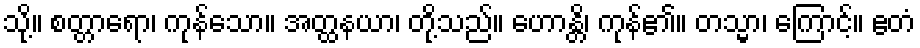
သို့။ စတ္တာရော၊ ကုန်သော။ အတ္ထနယာ၊ တို့သည်။ ဟောန္တိ၊ ကုန်၏။ တသ္မာ၊ ကြောင့်။ ဧတံ